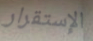
الإستقرار